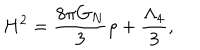
H ^ { 2 } = \frac { 8 \pi G _ { N } } { 3 } \rho + \frac { \Lambda _ { 4 } } { 3 } ,